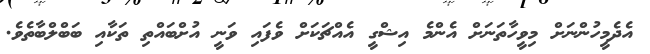
އެދެމީހުންނަށް މިވީހާތަނަށް އެންމެ އިޝްގީ އެއްޗަކަށް ވެފައި ވަނީ އުށްބައްތި ތަކާއި ބަބްލްބާތެވެ.